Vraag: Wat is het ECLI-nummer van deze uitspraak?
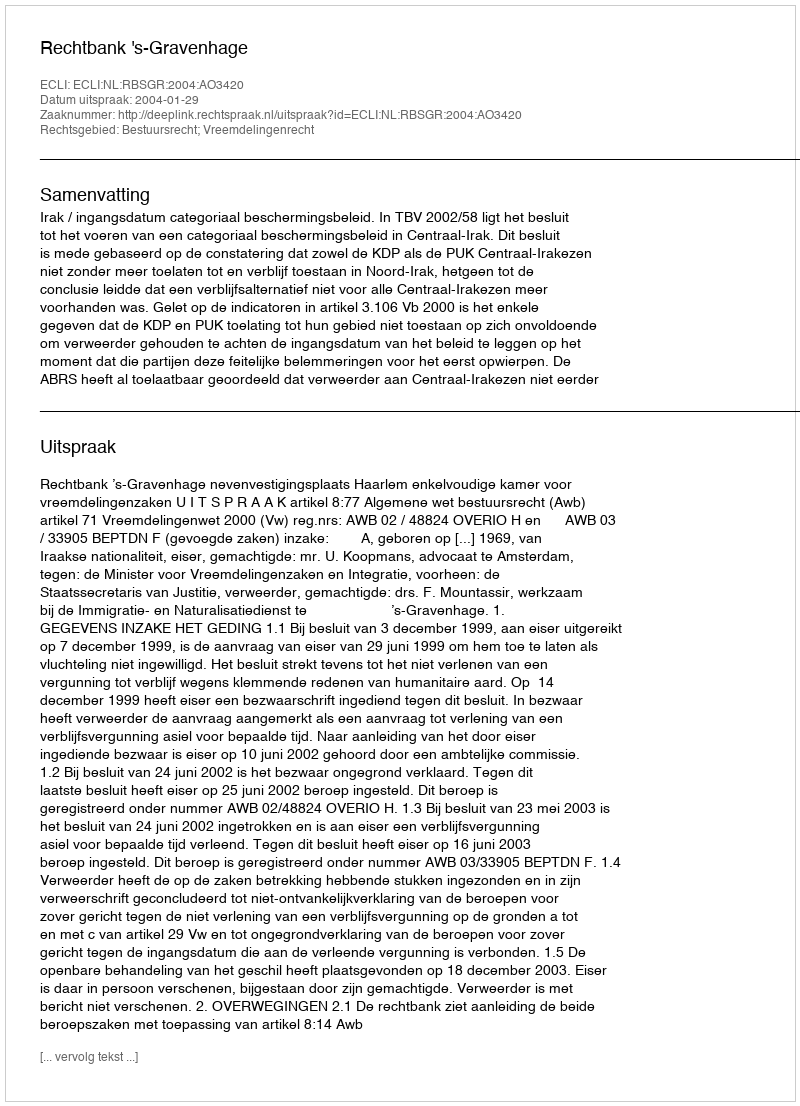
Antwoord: ECLI:NL:RBSGR:2004:AO3420